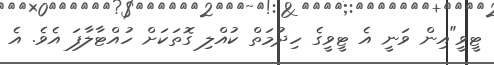
ޓީވީ"އިން ވަނީ އެ ޓީވީގެ ހިދުމަތް ކުއްލި ގޮތަކަށް ހުއްޓާލާފަ އެވެ. އެ